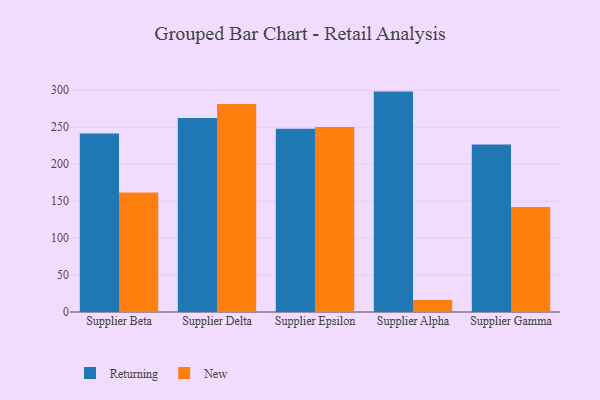
{"axis": {"x": "Supplier", "y": "Satisfaction Score"}, "legend": ["New", "Returning"], "data": [{"x": "Supplier Beta", "y": 241.5, "type": "Returning"}, {"x": "Supplier Beta", "y": 161.8, "type": "New"}, {"x": "Supplier Delta", "y": 262.4, "type": "Returning"}, {"x": "Supplier Delta", "y": 281.4, "type": "New"}, {"x": "Supplier Epsilon", "y": 248.1, "type": "Returning"}, {"x": "Supplier Epsilon", "y": 250.2, "type": "New"}, {"x": "Supplier Alpha", "y": 298.2, "type": "Returning"}, {"x": "Supplier Alpha", "y": 16.2, "type": "New"}, {"x": "Supplier Gamma", "y": 226.6, "type": "Returning"}, {"x": "Supplier Gamma", "y": 142.1, "type": "New"}]}